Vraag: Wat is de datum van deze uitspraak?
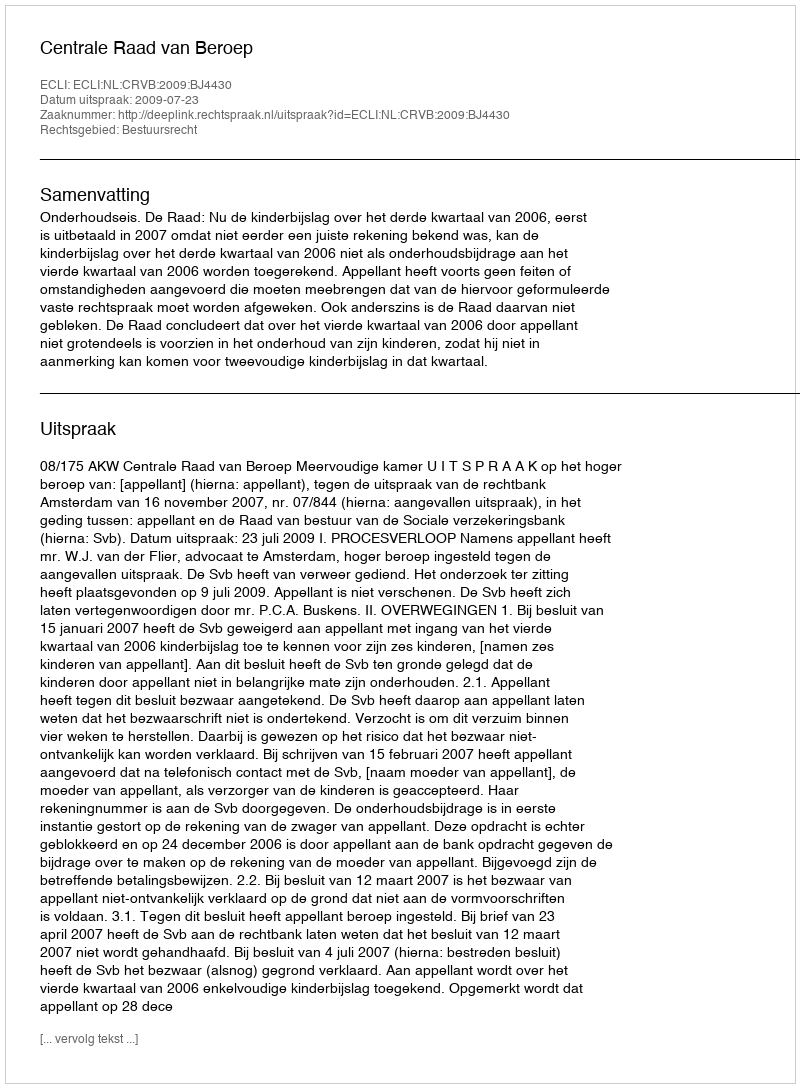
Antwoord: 2009-07-23